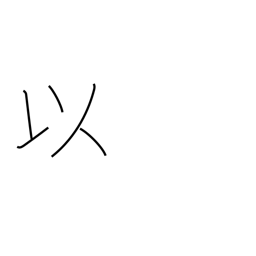
Meaning: in view of